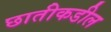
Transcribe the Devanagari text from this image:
छातीकडील